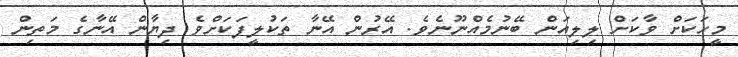
މީހަކަށް ވާކަށް ލިލިއަން ބޭނުމެއްނޫނެވެ. އޭރުން އޭނާ ތަކުލީފަކަށްވެ ދިޔާން އޭނާގެ މަތިން